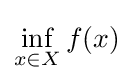
\inf _{x\in X}f(x)